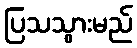
ပြသသွားမည်